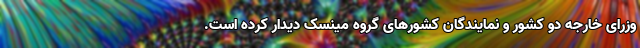
وزرای خارجه دو کشور و نمایندگان کشورهای گروه مینسک دیدار کرده است.